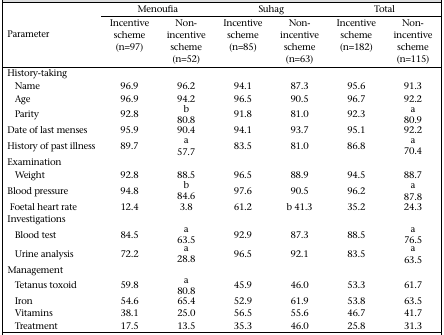
<table><thead><tr><td rowspan="2"><b>Parameter</b></td><td colspan="2"><b>Menoufia</b></td><td colspan="2"><b>Suhag</b></td><td colspan="2"><b>Total</b></td></tr><tr><td><b>Incentive scheme (n=97)</b></td><td><b>Non-incentive scheme (n=52)</b></td><td><b>Incentive scheme (n=85)</b></td><td><b>Non-incentive scheme (n=63)</b></td><td><b>Incentive scheme (n=182)</b></td><td><b>Non-incentive scheme (n=115)</b></td></tr></thead><tbody><tr><td>History-taking</td><td>[EMPTY_CELL]</td><td>[EMPTY_CELL]</td><td>[EMPTY_CELL]</td><td>[EMPTY_CELL]</td><td>[EMPTY_CELL]</td><td>[EMPTY_CELL]</td></tr><tr><td>Name</td><td>96.9</td><td>96.2</td><td>94.1</td><td>87.3</td><td>95.6</td><td>91.3</td></tr><tr><td>Age</td><td>96.9</td><td>94.2</td><td>96.5</td><td>90.5</td><td>96.7</td><td>92.2</td></tr><tr><td>Parity</td><td>92.8</td><td>b 80.8</td><td>91.8</td><td>81.0</td><td>92.3</td><td>a 80.9</td></tr><tr><td>Date of last menses</td><td>95.9</td><td>90.4</td><td>94.1</td><td>93.7</td><td>95.1</td><td>92.2</td></tr><tr><td>History of past illness</td><td>89.7</td><td>a 57.7</td><td>83.5</td><td>81.0</td><td>86.8</td><td>a 70.4</td></tr><tr><td>Examination</td><td>[EMPTY_CELL]</td><td>[EMPTY_CELL]</td><td>[EMPTY_CELL]</td><td>[EMPTY_CELL]</td><td>[EMPTY_CELL]</td><td>[EMPTY_CELL]</td></tr><tr><td>Weight</td><td>92.8</td><td>88.5</td><td>96.5</td><td>88.9</td><td>94.5</td><td>88.7</td></tr><tr><td>Blood pressure</td><td>94.8</td><td>b 84.6</td><td>97.6</td><td>90.5</td><td>96.2</td><td>a 87.8</td></tr><tr><td>Foetal heart rate</td><td>12.4</td><td>3.8</td><td>61.2</td><td>b 41.3</td><td>35.2</td><td>24.3</td></tr><tr><td>Investigations</td><td>[EMPTY_CELL]</td><td>[EMPTY_CELL]</td><td>[EMPTY_CELL]</td><td>[EMPTY_CELL]</td><td>[EMPTY_CELL]</td><td>[EMPTY_CELL]</td></tr><tr><td>Blood test</td><td>84.5</td><td>a 63.5</td><td>92.9</td><td>87.3</td><td>88.5</td><td>a 76.5</td></tr><tr><td>Urine analysis</td><td>72.2</td><td>a 28.8</td><td>96.5</td><td>92.1</td><td>83.5</td><td>a 63.5</td></tr><tr><td>Management</td><td>[EMPTY_CELL]</td><td>[EMPTY_CELL]</td><td>[EMPTY_CELL]</td><td>[EMPTY_CELL]</td><td>[EMPTY_CELL]</td><td>[EMPTY_CELL]</td></tr><tr><td>Tetanus toxoid</td><td>59.8</td><td>a 80.8</td><td>45.9</td><td>46.0</td><td>53.3</td><td>61.7</td></tr><tr><td>Iron</td><td>54.6</td><td>65.4</td><td>52.9</td><td>61.9</td><td>53.8</td><td>63.5</td></tr><tr><td>Vitamins</td><td>38.1</td><td>25.0</td><td>56.5</td><td>55.6</td><td>46.7</td><td>41.7</td></tr><tr><td>Treatment</td><td>17.5</td><td>13.5</td><td>35.3</td><td>46.0</td><td>25.8</td><td>31.3</td></tr></tbody></table>